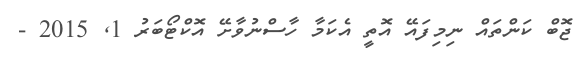
ޖޮބް ކަންތައް ނިމިފައޭ އޮތީ އެކަމާ ހާސްނުވާށޭ އޮކްޓޯބަރު 1